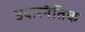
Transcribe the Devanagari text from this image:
उदारनैतिक